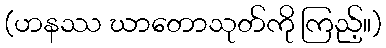
(ဟနဿ ဃာတောသုတ်ကို ကြည့်။)